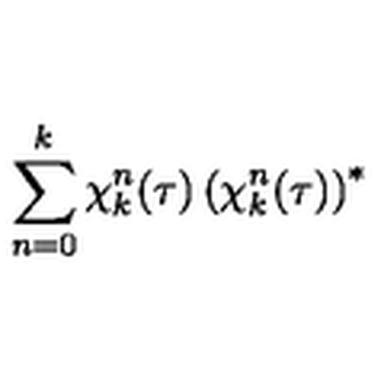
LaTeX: \sum _ { n = 0 } ^ { k } \chi _ { k } ^ { n } ( \tau ) \left( \chi _ { k } ^ { n } ( \tau ) \right) ^ { * }